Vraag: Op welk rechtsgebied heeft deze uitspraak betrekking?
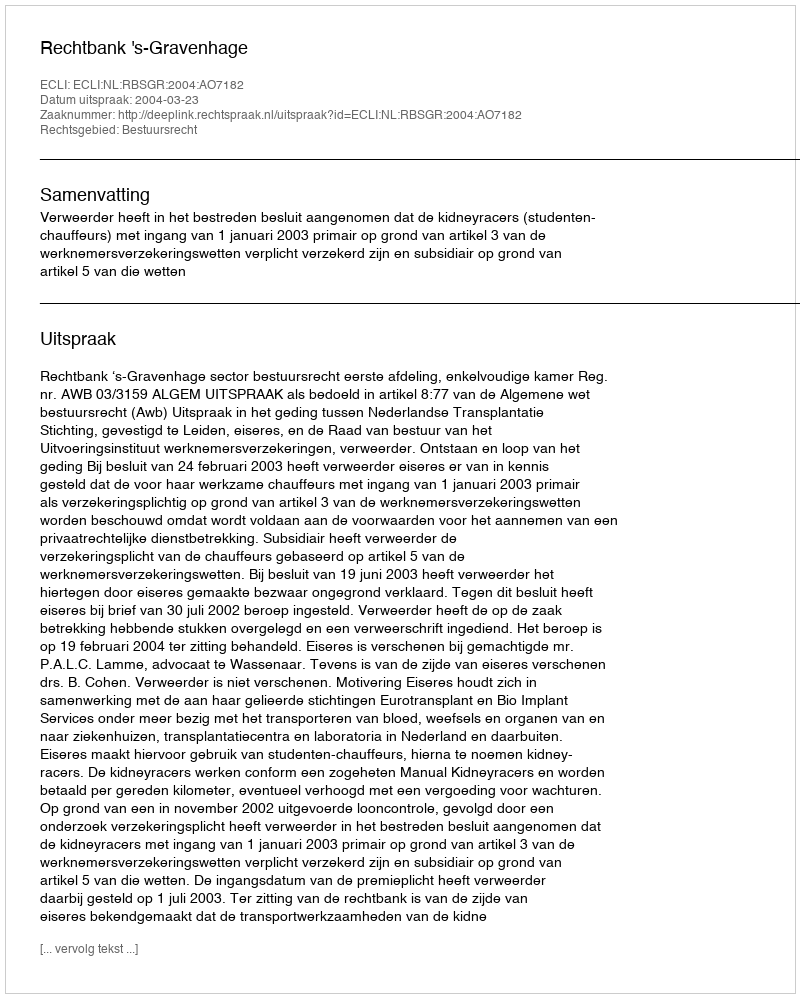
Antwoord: Bestuursrecht